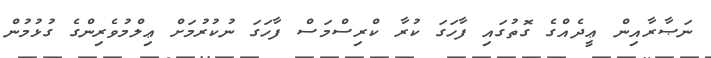
ނަޞާރާއިން ޢީދެއްގެ ގޮތުގައި ފާހަގަ ކުރާ ކްރިސްމަސް ފާހަގަ ނުކުރުމަށް ޢިލްމުވެރިންގެ ގުޅުމުން